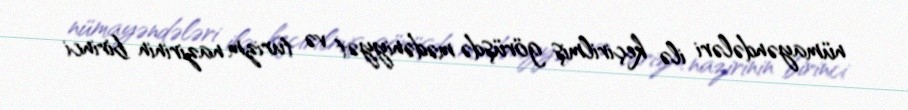
nümayəndələri ilə keçirilmiş görüşdə mədəniyyət və turizm nazirinin birinci